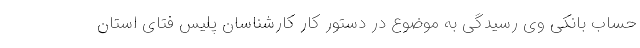
حساب بانکی وی رسیدگی به موضوع در دستور کار کارشناسان پلیس فتای استان